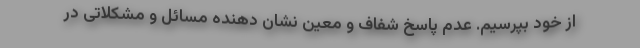
از خود بپرسیم. عدم پاسخ شفاف و معین نشان دهنده مسائل و مشکلاتی در